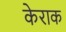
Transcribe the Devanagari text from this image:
केराक